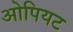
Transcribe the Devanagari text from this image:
ओपियट